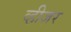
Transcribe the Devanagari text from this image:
व्हीज़र